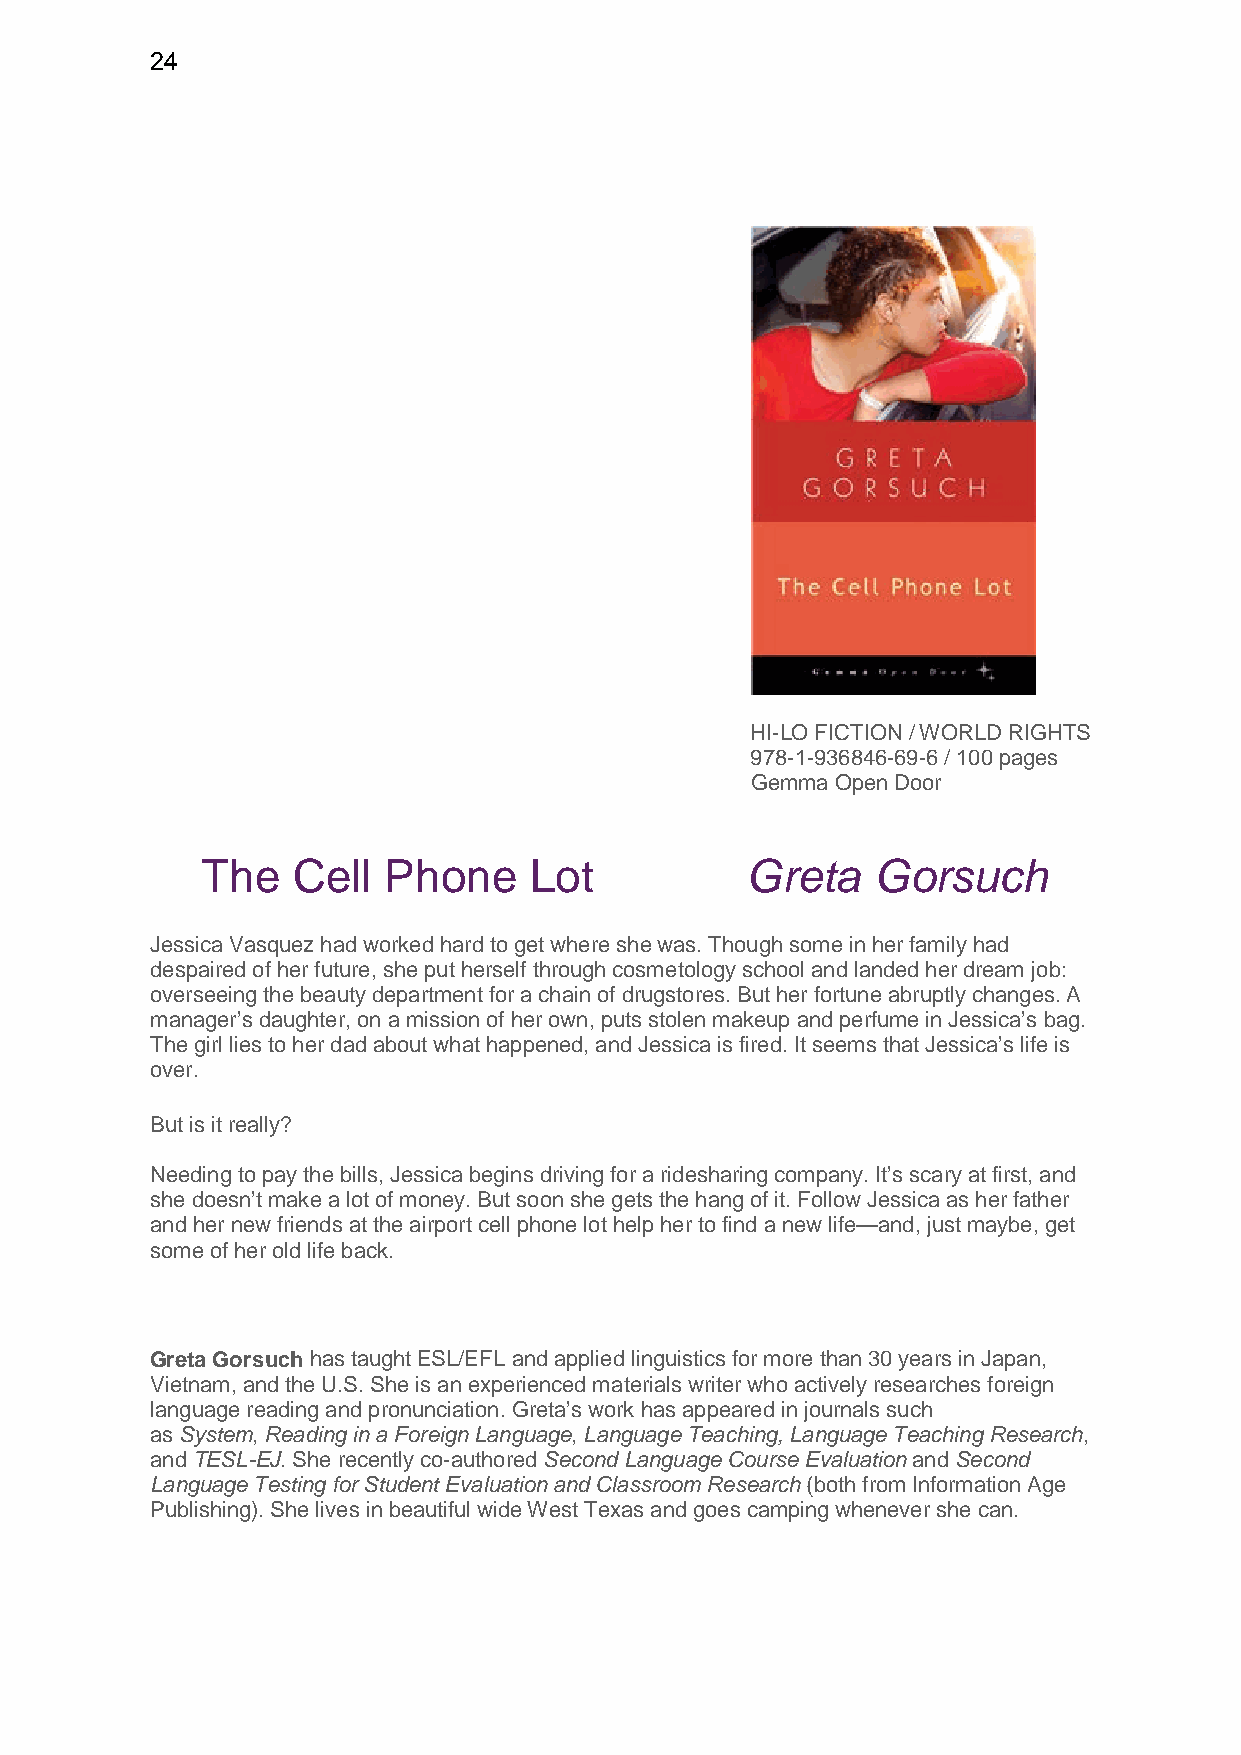
24
 HI-LO FICTION / WORLD RIGHTS
 978-1-936846-69-6 / 100 pages
 Gemma Open Door
 The   Cell  Phone     Lot           Greta    Gorsuch
 Jessica Vasquez had worked hard to get where she was. Though some in her family had
 despaired of her future, she put herself through cosmetology school and landed her dream job:
 overseeing the beauty department for a chain of drugstores. But her fortune abruptly changes. A
 manager’s daughter, on a mission of her own, puts stolen makeup and perfume in Jessica’s bag.
 The girl lies to her dad about what happened, and Jessica is fired. It seems that Jessica’s life is
 over.
 But is it really?
 Needing to pay the bills, Jessica begins driving for a ridesharing company. It’s scary at first, and
 she doesn’t make a lot of money. But soon she gets the hang of it. Follow Jessica as her father
 and her new friends at the airport cell phone lot help her to find a new life—and, just maybe, get
 some of her old life back.
 Greta Gorsuch has taught ESL/EFL and applied linguistics for more than 30 years in Japan,
 Vietnam, and the U.S. She is an experienced materials writer who actively researches foreign
 language reading and pronunciation. Greta’s work has appeared in journals such
 as System, Reading in a Foreign Language, Language Teaching, Language Teaching Research,
 and TESL-EJ. She recently co-authored Second Language Course Evaluation and Second
 Language Testing for Student Evaluation and Classroom Research (both from Information Age
 Publishing). She lives in beautiful wide West Texas and goes camping whenever she can.